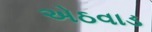
એઠવાડ